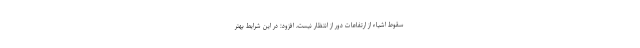
سقوط اشیاء از ارتفاعات دور از انتظار نیست، افزود: در این شرایط بهتر